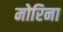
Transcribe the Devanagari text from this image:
मोरिना